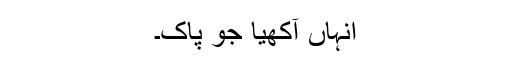
انہاں آکھیا جو پاک۔